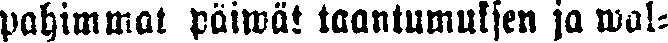
pahimmat päiwät taantumuksen ja wal-